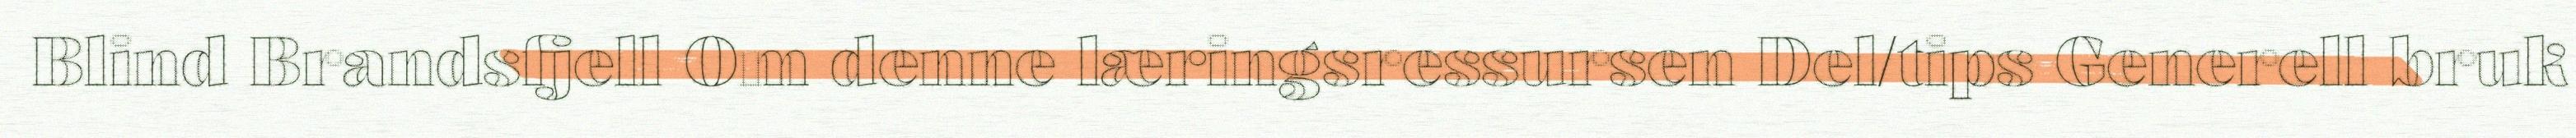
Blind Brandsfjell Om denne læringsressursen Del/tips Generell bruk